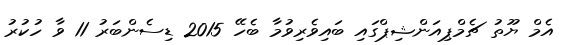
އެމް ޔޫތު ޗެމްޕިއަންޝިޕްގައި ބައިވެރިވުމާ ބެހޭ 2015 ޑިސެންބަރު 11 ވާ ހުކުރު